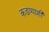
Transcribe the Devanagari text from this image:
कडव्याशी